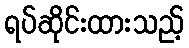
ရပ်ဆိုင်းထားသည့်